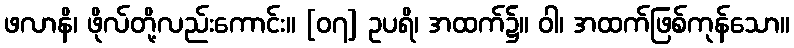
ဖလာနိ၊ ဖိုလ်တို့လည်းကောင်း။ [၀၇] ဥပရိ၊ အထက်၌။ ဝါ၊ အထက်ဖြစ်ကုန်သော။